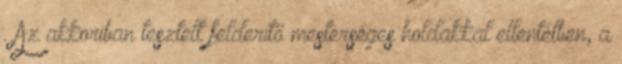
. Az akkoriban tesztelt felderítő mesterséges holdakkal ellentétben, a